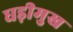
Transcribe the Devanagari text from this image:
घड़ीमुख